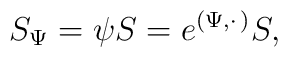
S_{\Psi}=\psi S=e^{(\Psi ,\cdot\, )}S,